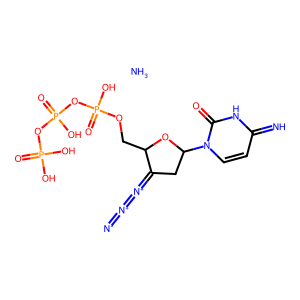
SMILES: N.[N-]=[N+]=[N+]=C1CC(n2ccc(=N)[nH]c2=O)OC1COP(=O)(O)OP(=O)(O)OP(=O)(O)O
Inhibits HIV replication: Yes